65_HS1-834228961_62-HQ-83894_Section_4
Agency: FBI
Page 90
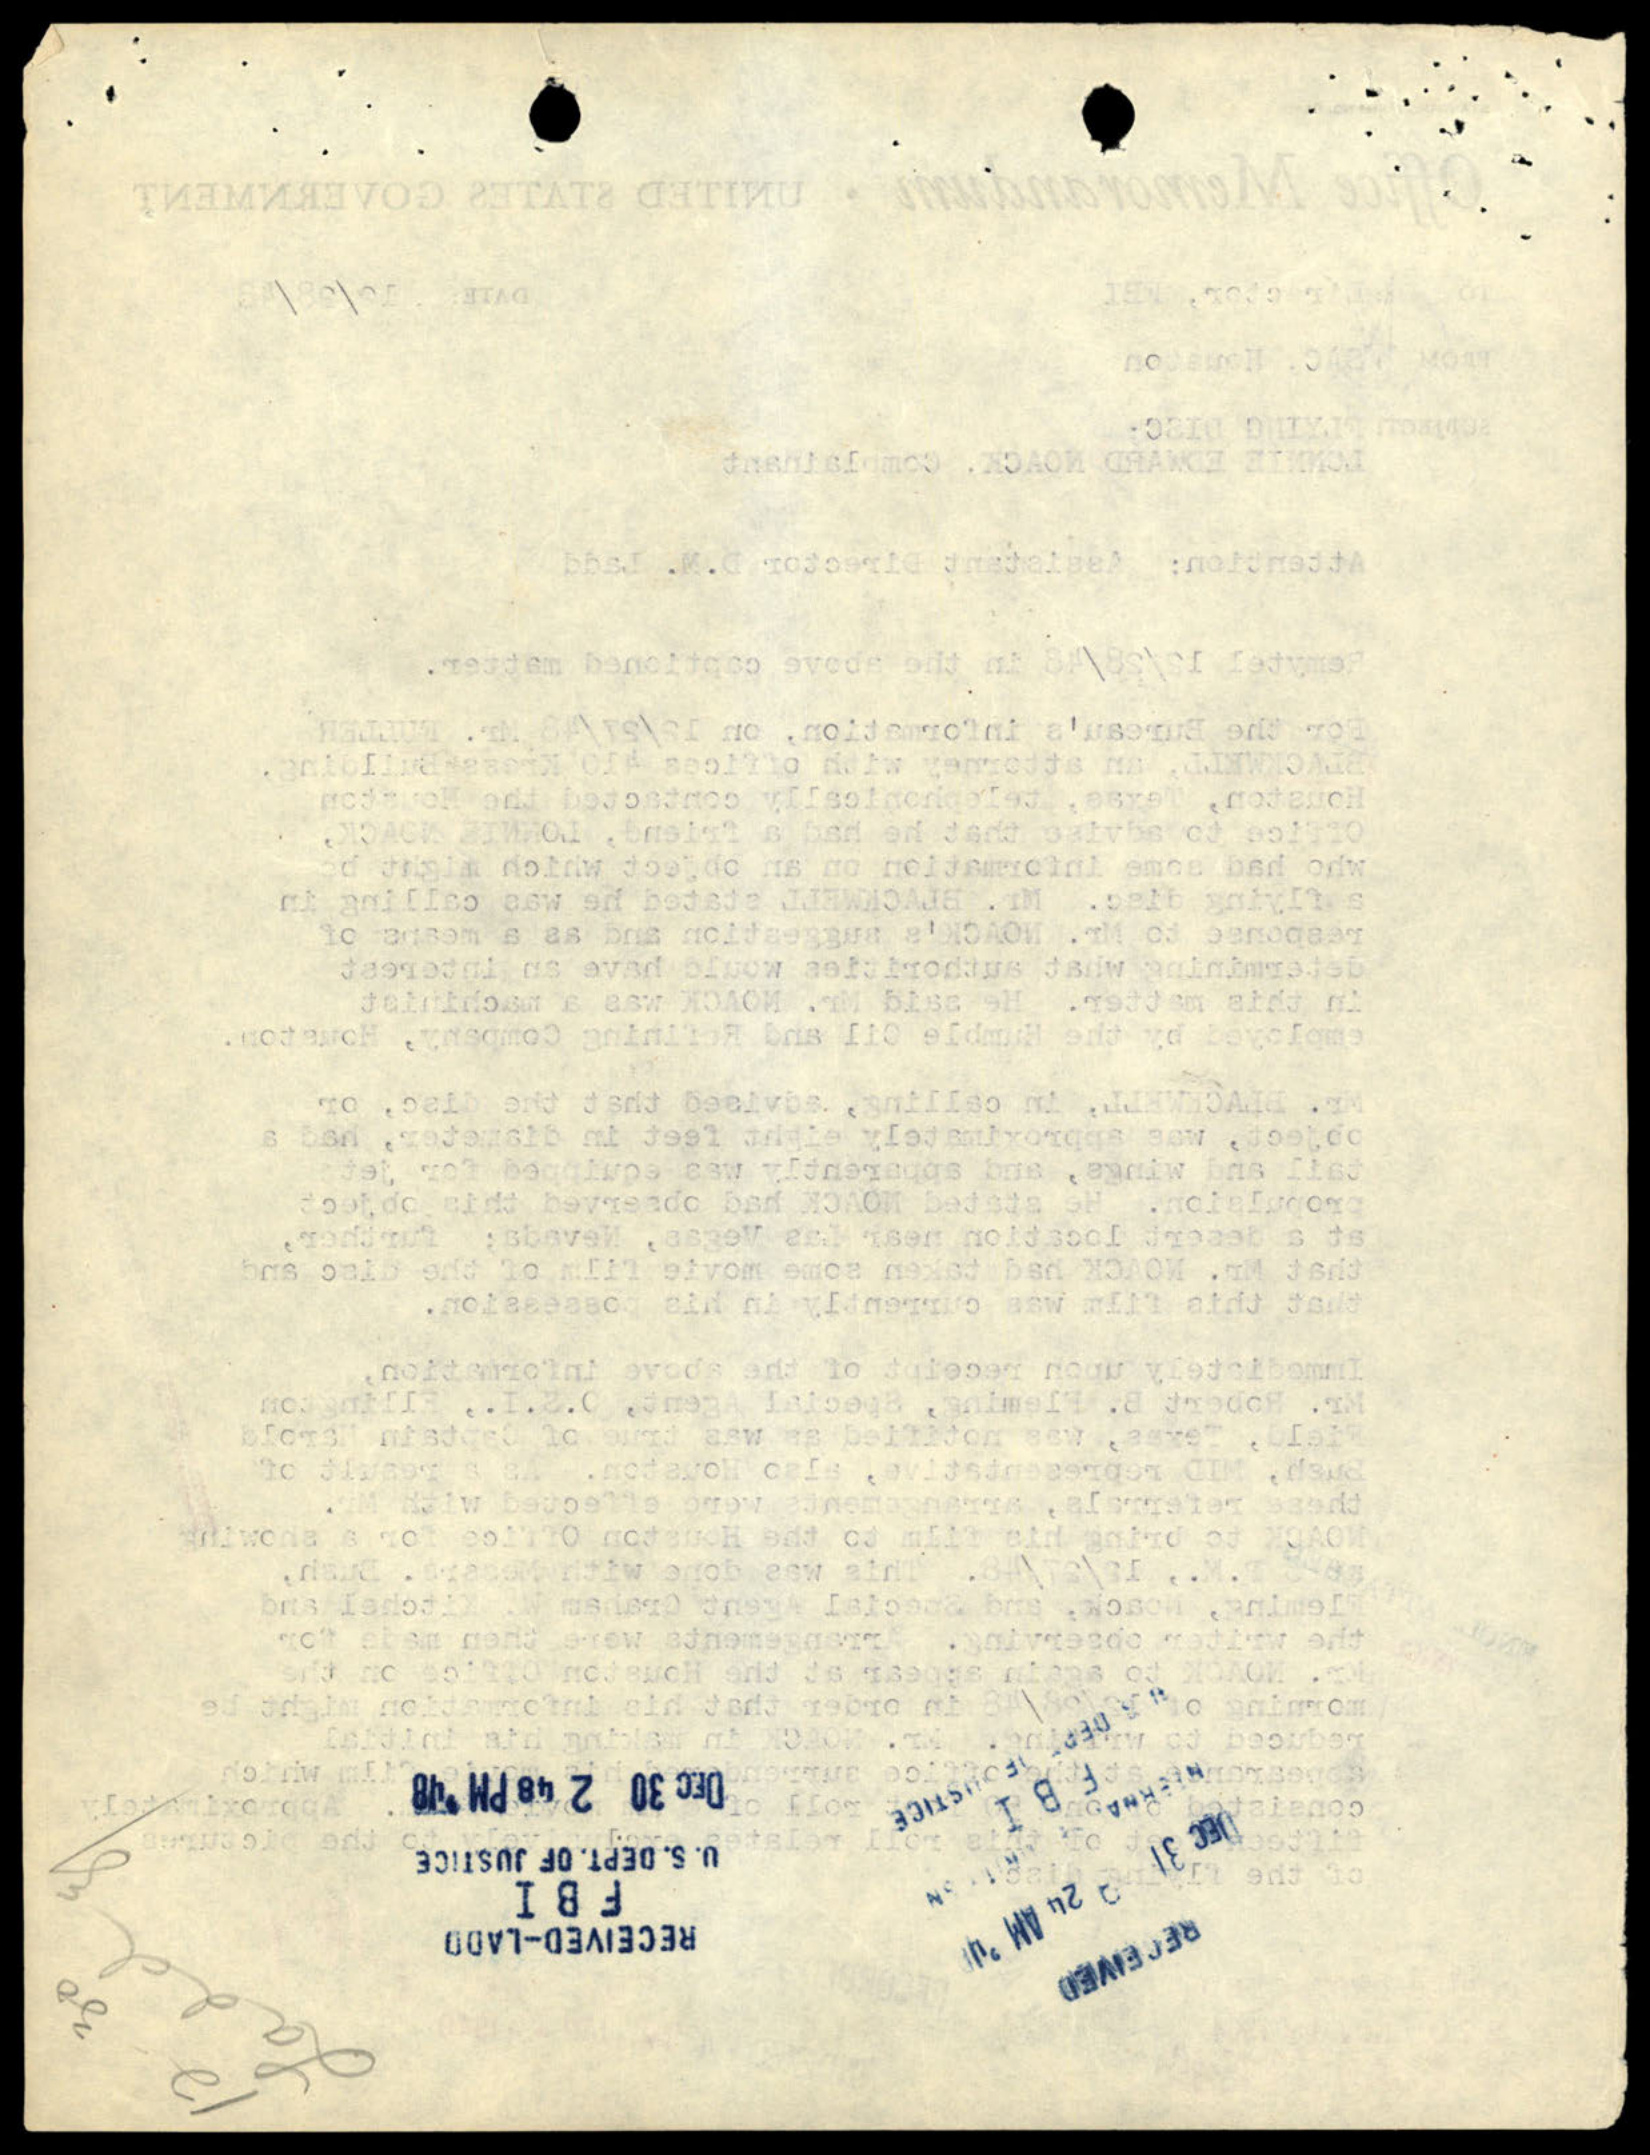